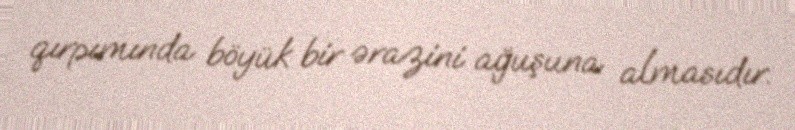
qırpımında böyük bir ərazini ağuşuna almasıdır.